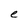
Character: e